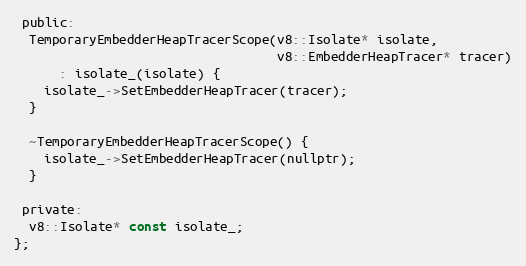
Language: C
 public:
  TemporaryEmbedderHeapTracerScope(v8::Isolate* isolate,
                                   v8::EmbedderHeapTracer* tracer)
      : isolate_(isolate) {
    isolate_->SetEmbedderHeapTracer(tracer);
  }

  ~TemporaryEmbedderHeapTracerScope() {
    isolate_->SetEmbedderHeapTracer(nullptr);
  }

 private:
  v8::Isolate* const isolate_;
};